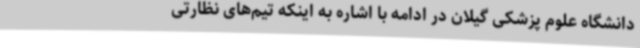
دانشگاه علوم پزشکی گیلان در ادامه با اشاره به اینکه تیم‌های نظارتی